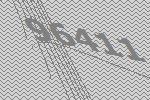
96411